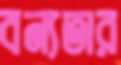
বন্যতার